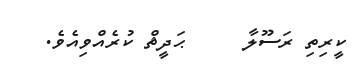
ކީރިތި ރަސޫލާ     ޙަދީޘް ކުރެއްވިއެވެ.